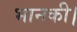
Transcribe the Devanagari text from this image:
भानकी।